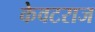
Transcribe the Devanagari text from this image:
केवटराज